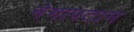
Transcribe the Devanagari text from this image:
नेगापटाम